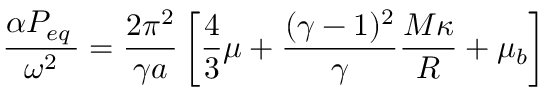
\frac { \alpha P _ { e q } \, } { \omega ^ { 2 } } = \frac { 2 \pi ^ { 2 } } { \gamma a } \displaystyle \left[ \frac { 4 } { 3 } \mu + \frac { ( \gamma - 1 ) ^ { 2 } } { \gamma } \frac { M \kappa } { R } + \mu _ { b } \right]